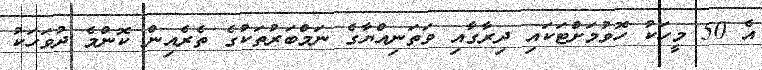
އެ 50 މީހަކު ހޮވުމަށްޓަކައި ދިރާގާއި ވަތަނިއްޔާގެ ނަމްބަރުތަކުގެ ތެރެއިން ކޮންމެ ދުވަހަކު